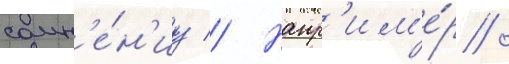
сомн'е́н'иу // Напр'им'е́р /